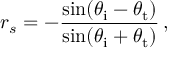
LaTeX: r _ { s } = - { \frac { \sin ( \theta _ { \mathrm { i } } - \theta _ { \mathrm { t } } ) } { \sin ( \theta _ { \mathrm { i } } + \theta _ { \mathrm { t } } ) } } \, ,